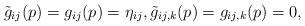
LaTeX: \begin{align*}\tilde{g}_{ij}(p)=g_{ij}(p)=\eta_{ij},\tilde{g}_{ij,k}(p)=g_{ij,k}(p)=0,\end{align*}